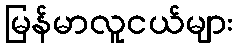
မြန်မာလူငယ်များ